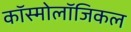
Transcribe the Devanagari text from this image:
कॉस्मोलॉजिकल